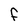
Character: F